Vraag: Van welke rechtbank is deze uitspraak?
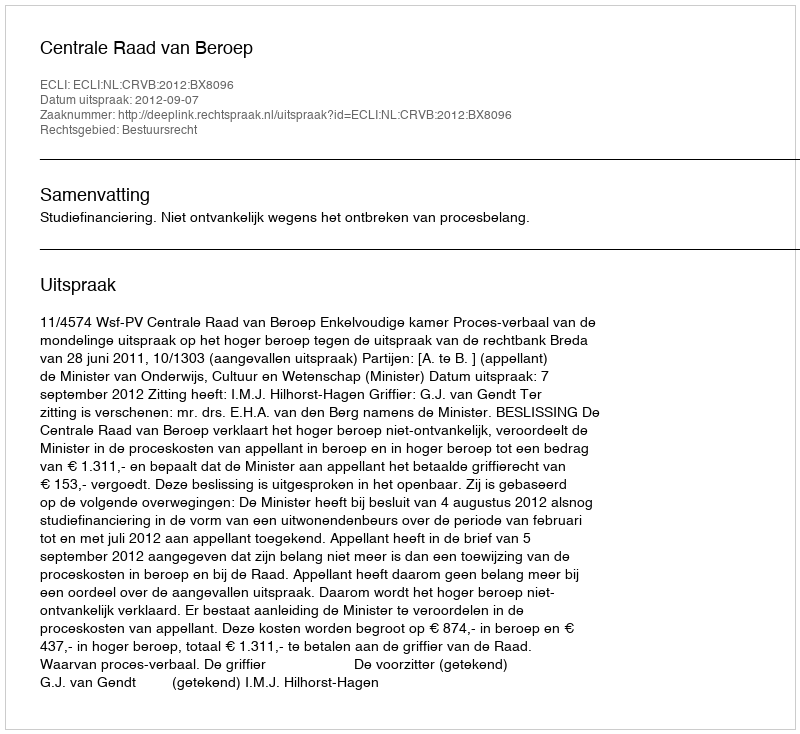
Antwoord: Centrale Raad van Beroep